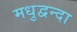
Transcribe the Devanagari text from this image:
मधुद्वन्दा